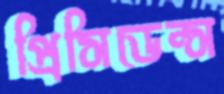
প্রিসিডেন্স